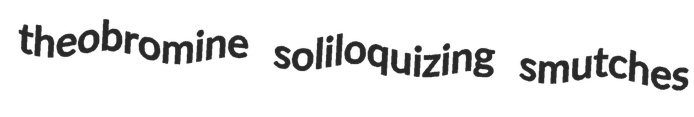
theobromine soliloquizing smutches